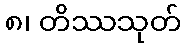
၈၊ တိဿသုတ်